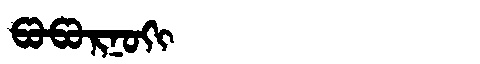
Manchu: ᡦᠣᡦᠣᡵᠨᠣᡴᡳ
Romanization: POPORNOKI